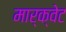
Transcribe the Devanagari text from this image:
मार्क्वेट